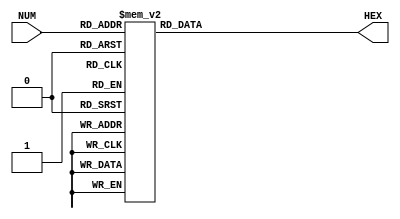
module DecodBCD(NUM, HEX);

	input [3:0] NUM;
	output reg [6:0] HEX;
	
	always @(*) begin
		case(NUM)
			4'b0000:HEX = 7'b0000001;
			4'b0001:HEX = 7'b1001111;
			4'b0010:HEX = 7'b0010010;
			4'b0011:HEX = 7'b0000110;
			4'b0100:HEX = 7'b1001100;
			4'b0101:HEX = 7'b0100100;
			4'b0110:HEX = 7'b0100000;
			4'b0111:HEX = 7'b0001111;
			4'b1000:HEX = 7'b0000000;
			4'b1001:HEX = 7'b0000100;
			default:HEX = 7'b1111111;
		endcase
	end
	
endmodule